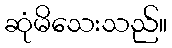
ဆုံမိသေးသည်။